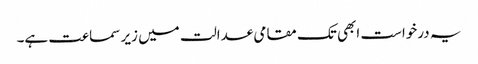
یہ درخواست ابھی تک مقامی عدالت میں زیر سماعت ہے۔